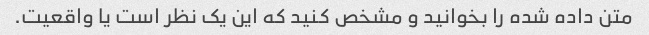
متن داده شده را بخوانید و مشخص کنید که این یک نظر است یا واقعیت.